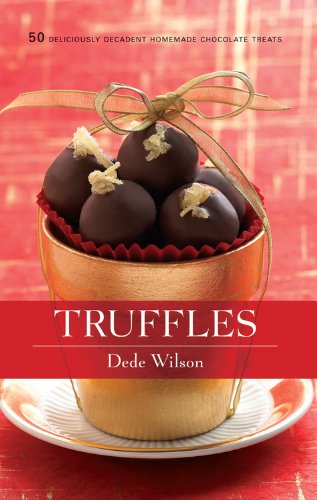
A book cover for Truffles: 50 Deliciously Decadent Homemade Chocolate Treats (50 Series); Dede Wilson; Cookbooks, Food & Wine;